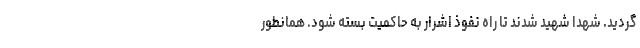
گردید. شهدا شهید شدند تا راه نفوذ اشرار به حاکمیت بسته شود. همانطور